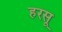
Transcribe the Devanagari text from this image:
हरसू